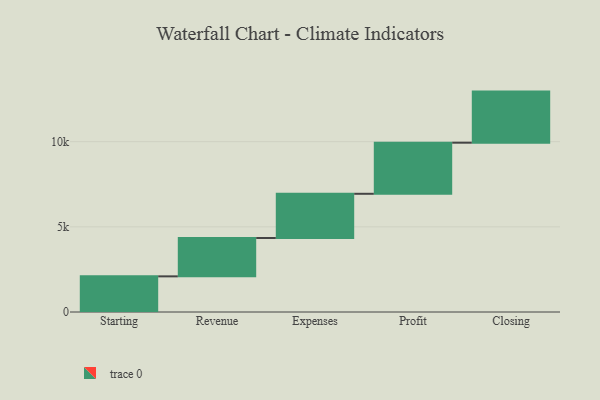
{"axis": {"x": "Step", "y": "Value"}, "legend": [""], "data": [{"x": "Starting", "y": 2093.0, "type": ""}, {"x": "Revenue", "y": 2253.0, "type": ""}, {"x": "Expenses", "y": 2595.0, "type": ""}, {"x": "Profit", "y": 3000, "type": ""}, {"x": "Closing", "y": 3000, "type": ""}]}